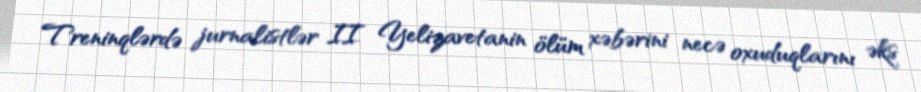
Treninqlərdə jurnalistlər II Yelizavetanin ölüm xəbərini necə oxuduqlarını əks